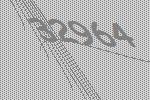
32964